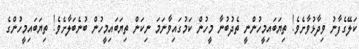
ކަލޭގެފާނު ވިދާޅުވާށެވެ! ތިޔަބައިމީހުންނީ ތެދުބުނާ މީހުން ކަމުގައިވާނަމަ ނިކަން ތިޔަބައިމީހުން ބުނެބަލާށެވެ! ތިޔަބައިމީހުންގެ